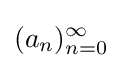
(a_{n})_{n=0}^{\infty }